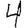
Digit: 4